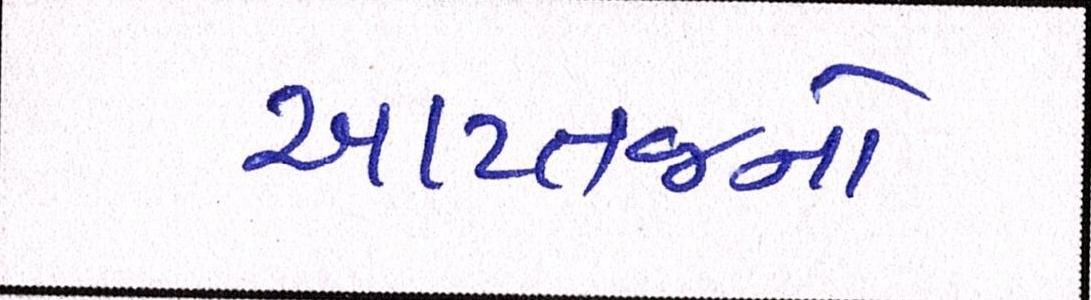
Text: આપ્તજનો